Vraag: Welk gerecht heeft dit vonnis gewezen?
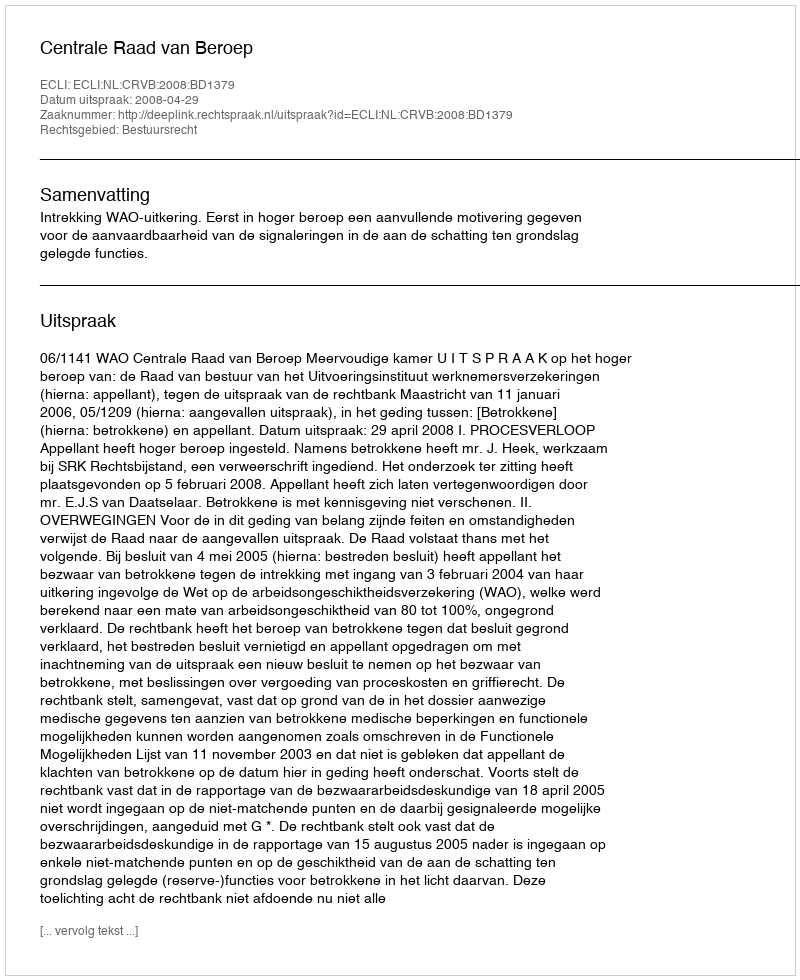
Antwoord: Centrale Raad van Beroep